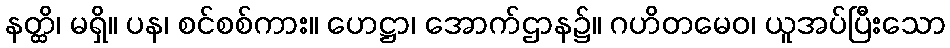
နတ္ထိ၊ မရှိ။ ပန၊ စင်စစ်ကား။ ဟေဋ္ဌာ၊ အောက်ဌာန၌။ ဂဟိတမေဝ၊ ယူအပ်ပြီးသော